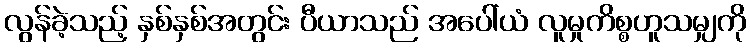
လွန်ခဲ့သည့် နှစ်နှစ်အတွင်း ပီယာသည် အပေါ်ယံ လူမှုကိစ္စဟူသမျှကို